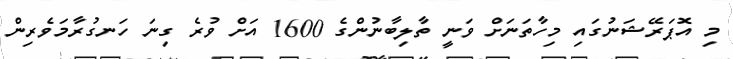
މި އޮޕަރޭޝަނުގައި މިހާތަނަށް ވަނީ ތާލިބާނުންގެ 1600 އަށް ވުރެ ގިނަ ހަނގުރާމަވެރިން